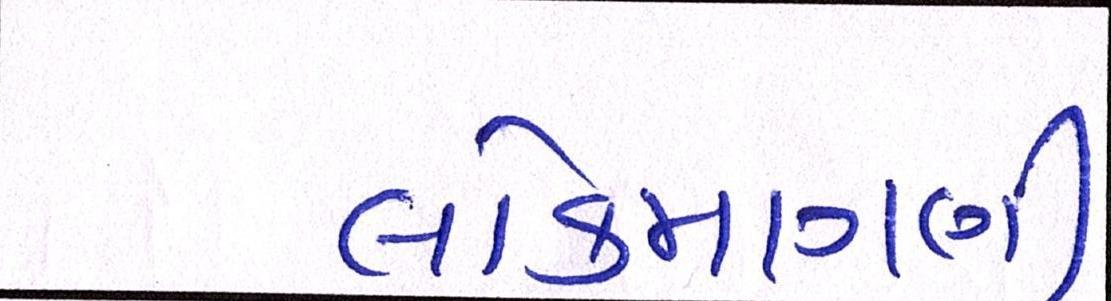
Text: લોકમાગણી